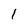
Character: 1